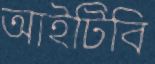
আইটিবি